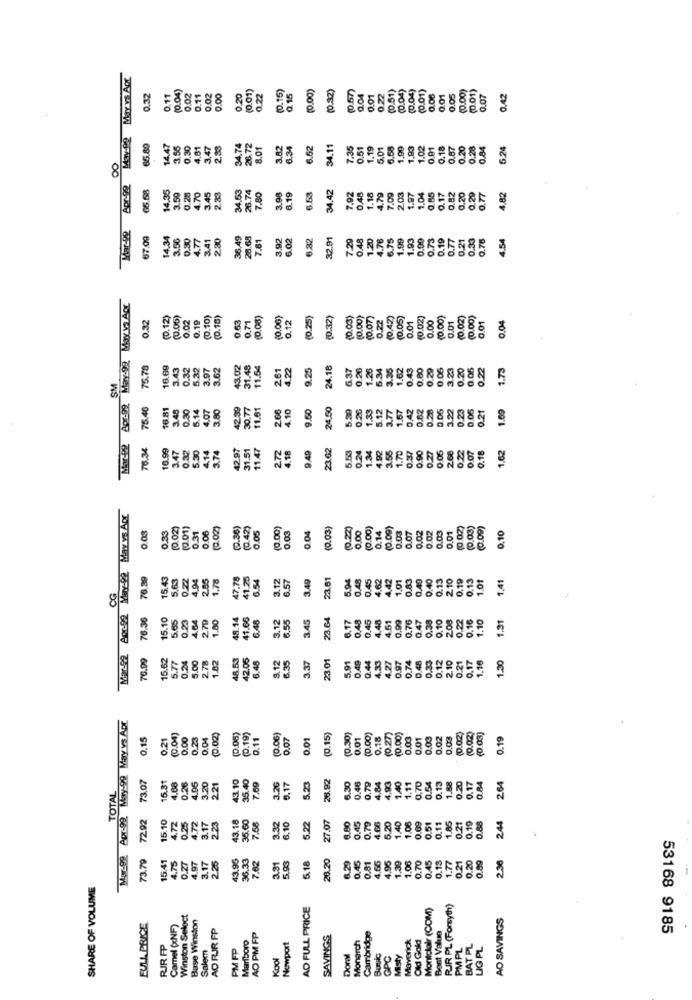
May vs Att
(0.01)
(0.15)
(0.00)
(0.32)
(0.51)
(0.04)
(0.04)
(0.01)
(0.00)
(0.01)
0.32
0.11
0.02
0.11
0.02
0.00
0.20
0.22
2.15
0.04
0.01
0.22
0.06
0.01
0.05
0.07
0.42
14.47
0.30
4.61
3.47
2.88
34.74
28.72
8.01
3.82
6,34
62
34.11
7.35
0.51
1.19
5.01
6.58
1,99
1,93
1.02
0.18
0.87
0.20
0.28
5.24
00
65.58
26.74
34.42
3.59
0.28
4.70
3.45
2.33
34.53
7.80
3.98
8.19
6.53
7.92
0.48
1.18
4.79
7.09
2.03
1.97
1.04
0.85
0.17
0.20
0.29
0.77
4,82
Har-92
67.00
0.30
4.77
3.41
2.30
36.49
28.68
7.81
3.92
6.02
6.82
32.91
7.29
0.48
1.20
4.76
6.75
1.99
1.93
0.00
0.73
0.19
0.77
0.21
.33
0.78
4.54
Apr-99 May-99 May VSARL
0.32
(0.12)
0.02
0.19
(0.10)
(0.18)
0.63
0.71
(0.08)
(0.00)
0.12
(0.25)
(0.32)
(0.03)
(0.00)
(0.07)
0.22
(0.42)
(0.05)
0.01
(0.02)
0.00
(0.00)
0.01
(0.02)
(0.00)
0.01
0.04
75.78
3.43
0.32
5.32
3.97
3.62
43.02
31.48
11.54
2.61
4.22
9.25
24.18
6.37
0.26
1.26
6:34
3.35
1.62
0.43
0.80
0.29
0.05
0.20
0.22
1.73
SM
75.40
3.45
0.30
5.14
4.07
42.59
30.77
11.61
2.66
4.10
9.50
24.50
0.26
1.33
5.12
3.77
1.57
0.42
0.62
0.23
0.05
3.22
0.23
1.00
3.80
0.21
10.99
3.47
4.14
42.97
11.47
272
4.18
5.53
1.34
4.92
3.55
1.70
0.37
0.90
0.05
2.66
1.62
0.37
5.30
3.74
0.24
0.27
0.22
0.07
0.18
May-92 May ve ADE
0.33
(0.02)
(0.01)
0.06
(0.02)
(0.35)
(0.42)
0.05
0.04
(0.03)
0.00
(0.00)
0.14
(0.00)
0.03
0.07
0.02
0.02
0.03
0.01
(0.02)
(0.03)
(0.00)
0.10
Mor-92 20292 May-222
76.89
15.43
5.63
0.22
4.94
47.78
41.25
6.54
3.12
6.57
3.49
23.51
5.94
0.48
0.45
4.62
4.42
1.01
0.83
0,49
0.40
0.13
2.10
0.19
0.13
1.01
1.41
1.78
76.36
15.10
5.65
279
1.80
41.66
6.48
3.12
6.55
145
23.64
6.17
0.48
0.45
4.48
4.51
0.99
0.76
0.47
0.38
0.10
208
0.22
0.16
1.31
1.10
Mor-92
5.77
0.24
5.00
2.78
48.53
42.05
6.45
3.12
3.35
0.49
4.33
4.27
0.97
0.74
0.48
0.33
0.12
2.10
0.21
0.17
1.30
1.82
3.37
5.91
1.16
Mar-99. Apr-99. May-99 May vs Apr
0,15
0.21
(0.04)
0.00
0.23
0.04
(0.19)
0.11
(0.00)
0.07
0.01
(0.15)
(0.30)
0.01
(0.00)
0,18
(0.27)
(0.00)
0.03
0.01
0.03
0.03
(0.02)
(0.02)
0.19
73.07
43.10
35.40
7.69
26.92
0.46
4.84
4.93
0.13
1.88
0.20
0.17
TOTAL
15.31
4.68
0.26
4.06
8.20
2.21
3.26
3.17
5.23
0.79
1.40
1.11
0.70
0.54
2.64
72.92
43.18
35.60
27.07
4.66
1.40
1.08
0.69
0.51
1.85
0.10
244
4.72
0.25
4.72
3.17
2.23
7.68
3.32
6.10
5.22
0.45
0.79
5.20
0.11
0.21
73.79
5.41
4.75
0.27
4.97
3.17
43.95
36.33
7.62
20.20
6.29
0,45
0.81
4.65
4.95
1.39
1.06
0.70
0.45
1.77
0.21
0.20
0.99
2.25
3.31
5.93
5.18
0.13
2.36
SHARE OF VOLUME
AD FULL PRICE
Montclair (COM)
RIR PL (Forsyth)
Winston Seloct
Base Winston
AO SAVINGS
FULL PRICE
Camel (xNF)
AO RIR FP
Best Value
Marlboro
AO PM FP
SAVINGS
Cambridge
Maverick
Old Gold
53168 9185
RIR FP
Salem
PM FP
Newport
Monarch
PMPL
BAT PL
LIG PL
Kool
Doral
Bunsic
GPC
Misty